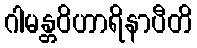
ဂါမန္တဝိဟာရိနာပီတိ